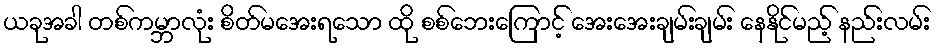
ယခုအခါ တစ်ကမ္ဘာလုံး စိတ်မအေးရသော ထို စစ်ဘေးကြောင့် အေးအေးချမ်းချမ်း နေနိုင်မည့် နည်းလမ်း